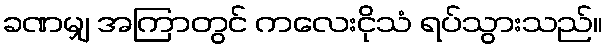
ခဏမျှ အကြာတွင် ကလေးငိုသံ ရပ်သွားသည်။